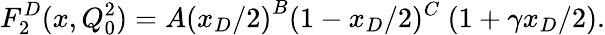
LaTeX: F_{2}^{D}(x,Q_{0}^{2})=A{(x_{D}/2)}^{B}(1-x_{D}/2)^{C}~(1+\gamma x_{D}/2).